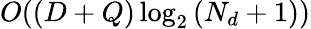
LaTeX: O((D+Q)\log_{2}{(N_{d}+1)})